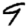
Digit: 9